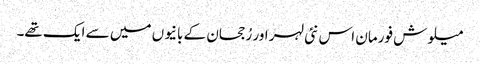
میلوش فورمان اس نئی لہر اور رُجحان کے بانیوں میں سے ایک تھے۔